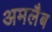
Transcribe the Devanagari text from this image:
अमलैब